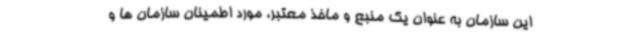
این سازمان به عنوان یک منبع و ماخذ معتبر، مورد اطمینان سازمان ها و